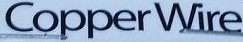
CopperWire